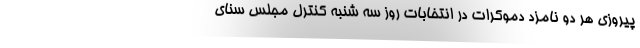
پیروزی هر دو نامزد دموکرات در انتخابات روز سه شنبه کنترل مجلس سنای